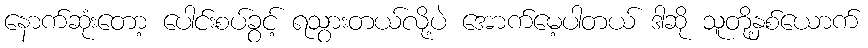
နောက်ဆုံးတော့ ပေါင်းစပ်ခွင့် ရသွားတယ်လို့ပဲ အောက်မေ့ပါတယ် ဒါဆို သူတို့နှစ်ယောက်